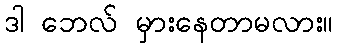
ဒါ ဘေလ် မှားနေတာမလား။